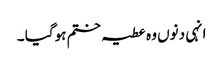
انہی دنوں وہ عطیہ ختم ہوگیا ۔